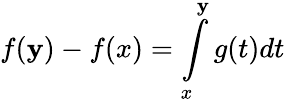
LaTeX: f(\mathbf{y})-f(x)=\int\limits_{x}^{\mathbf{y}}g(t)dt